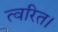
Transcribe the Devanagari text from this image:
त्वरित।